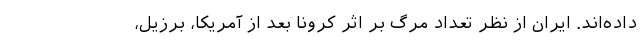
داده‌اند. ایران از نظر تعداد مرگ بر اثر کرونا بعد از آمریکا، برزیل،